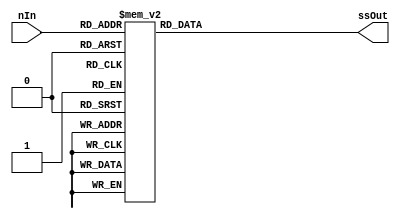
module sevensegdecoder(

	input [3:0] nIn,
	output reg [6:0] ssOut  
);

always @(nIn)
    case (nIn)
      4'h0: ssOut = 7'b1000000;
      4'h1: ssOut = 7'b1111001;
      4'h2: ssOut = 7'b0100100;
      4'h3: ssOut = 7'b0110000;
      4'h4: ssOut = 7'b0011001;
      4'h5: ssOut = 7'b0010010;
      4'h6: ssOut = 7'b0000010;
      4'h7: ssOut = 7'b1111000;
      4'h8: ssOut = 7'b0000000;
      4'h9: ssOut = 7'b0011000;
      4'hA: ssOut = 7'b0001000;
      4'hB: ssOut = 7'b0000011;
      4'hC: ssOut = 7'b1000110;
      4'hD: ssOut = 7'b0100001;
      4'hE: ssOut = 7'b0000110;
      4'hF: ssOut = 7'b0001110;
      default: ssOut = 7'b1001001;
    endcase

endmodule